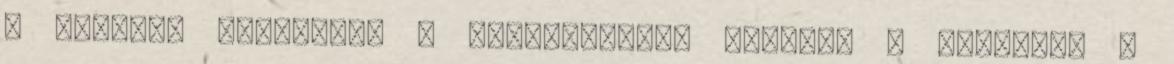
– középső kartámasz – kulcsnélküli indítás – manuális 6